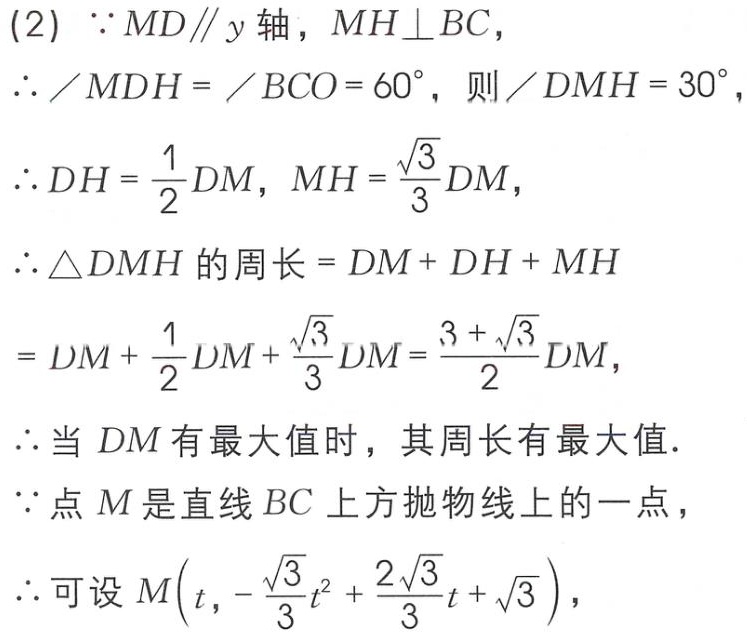
(2) \(\because MD\parallel y\)轴，\(MH\perp BC\)，
\(\therefore \angle MDH = \angle BCO = 60^{\circ}\)，则\(\angle DMH = 30^{\circ}\)，
\(\therefore DH = \frac{1}{2}DM\)，\(MH = \frac{\sqrt{3}}{3}DM\)，
\(\therefore \triangle DMH\)的周长\(= DM + DH + MH\)
\(= DM + \frac{1}{2}DM + \frac{\sqrt{3}}{3}DM=\frac{3 + \sqrt{3}}{2}DM\)，
\(\therefore\)当 \(DM\)有最大值时，其周长有最大值.
\(\because\)点 \(M\)是直线 \(BC\)上方抛物线上的一点，
\(\therefore\)可设 \(M\left(t,-\frac{\sqrt{3}}{3}t^{2}+\frac{2\sqrt{3}}{3}t + \sqrt{3}\right)\)，